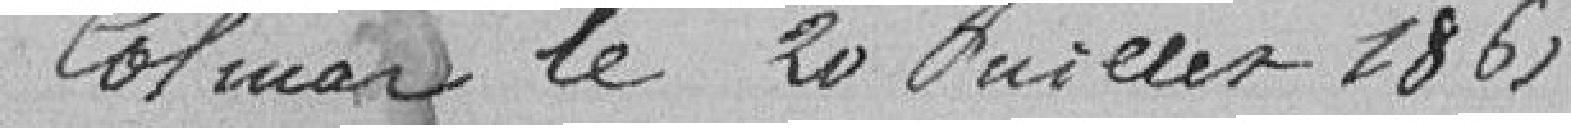
Colmar, le 20 juillet 1861